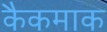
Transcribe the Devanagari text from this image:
कैकमाक